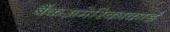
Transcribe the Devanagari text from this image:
बैंकअमेरिकाकार्ड